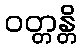
ဝတ္တန္တိ